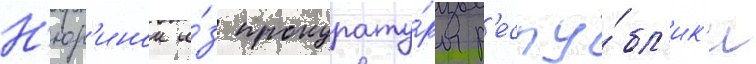
Н'юр'инои и́з прокурату́ры р'еспу́бл'ик'и